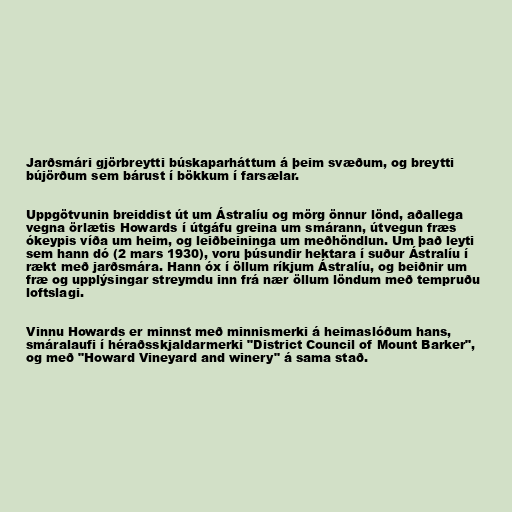
Jarðsmári gjörbreytti búskaparháttum á þeim svæðum, og breytti
bújörðum sem bárust í bökkum í farsælar.

Uppgötvunin breiddist út um Ástralíu og mörg önnur lönd, aðallega
vegna örlætis Howards í útgáfu greina um smárann, útvegun fræs
ókeypis víða um heim, og leiðbeininga um meðhöndlun. Um það leyti
sem hann dó (2 mars 1930), voru þúsundir hektara í suður Ástralíu í
rækt með jarðsmára. Hann óx í öllum ríkjum Ástralíu, og beiðnir um
fræ og upplýsingar streymdu inn frá nær öllum löndum með tempruðu
loftslagi.

Vinnu Howards er minnst með minnismerki á heimaslóðum hans,
smáralaufi í héraðsskjaldarmerki "District Council of Mount Barker",
og með "Howard Vineyard and winery" á sama stað.